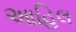
આહિલ